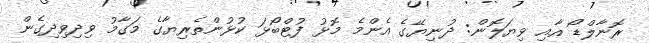
ރޮނާލްޑޯ އާއި ވިޔަލޮން: ދުނިޔޭގެ އެންމެ މޮޅު ފުޓްބޯޅަ ކުޅުންތެރިޔާގެ މަގާމު ވިދިވިދިގެން